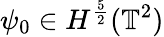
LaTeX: \psi_{0}\in H^{\frac{5}{2}}(\mathbb{T}^{2})